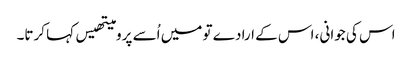
اس کی جوانی، اس کے ارادے تو میں اُسے پرومیتھیس کہا کرتا۔